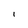
Character: l